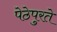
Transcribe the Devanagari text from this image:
पेठेपुरते